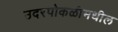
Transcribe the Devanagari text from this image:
उदरपोकळीमधील